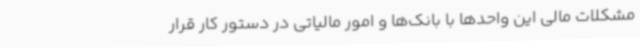
مشکلات مالی این واحدها با بانک‌ها و امور مالیاتی در دستور کار قرار